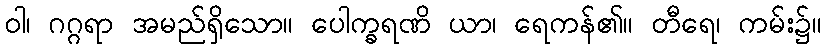
ဝါ၊ ဂဂ္ဂရာ အမည်ရှိသော။ ပေါက္ခရဏိ ယာ၊ ရေကန်၏။ တီရေ၊ ကမ်း၌။